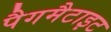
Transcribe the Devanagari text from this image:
पैगमैटाइट